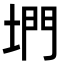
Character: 𡍜